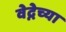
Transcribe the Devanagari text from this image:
वेद्नेच्या